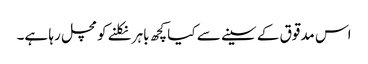
اس مدقوق کے سینے سے کیا کچھ باہر نکلنے کومچل رہا ہے۔